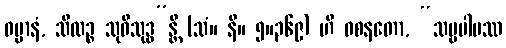
ဓမ္မာနံ, သီလဉ္စ သုဝိသုဒ္ဓ”န္တိ (သံ။ နိ။ ၅။၃၆၉) ဟိ ဝစနတော, “သဗ္ဗပါပဿ